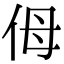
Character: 㑄